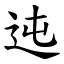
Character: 迍